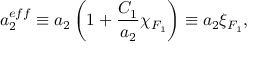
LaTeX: a _ { 2 } ^ { e f f } \equiv a _ { 2 } \left( 1 + \frac { C _ { 1 } } { a _ { 2 } } \chi _ { F _ { 1 } } \right) \equiv a _ { 2 } \xi _ { F _ { 1 } } ,